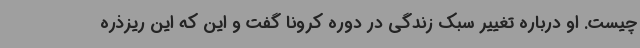
چیست. او درباره تغییر سبک زندگی در دوره کرونا گفت و این که این ریزذره